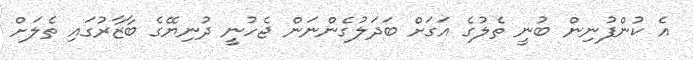
އެ ކުންފުނިން ބުނީ ތެލުގެ އަގަށް ބަދަލުގެންނަން ޖެހުނީ ދުނިޔޭގެ ބާޒާރުގައި ތެލަށް